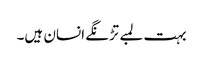
بہت لمبے تڑنگے انسان ہیں۔